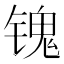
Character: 𲈔